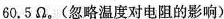
60.5Ω。(忽略温度对电阻的影响)